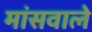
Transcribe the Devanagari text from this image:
मांसवाले